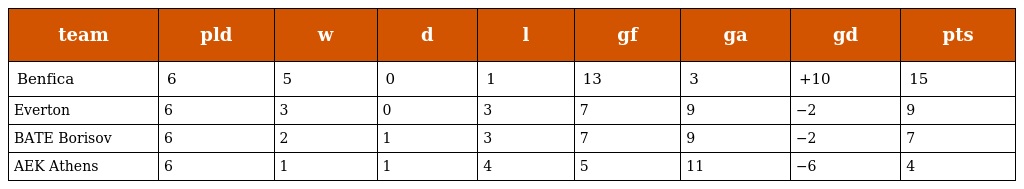
| team | pld | w | d | l | gf | ga | gd | pts |
 | --- | --- | --- | --- | --- | --- | --- | --- | --- |
 | Benfica | 6 | 5 | 0 | 1 | 13 | 3 | +10 | 15 |
 | Everton | 6 | 3 | 0 | 3 | 7 | 9 | −2 | 9 |
 | BATE Borisov | 6 | 2 | 1 | 3 | 7 | 9 | −2 | 7 |
 | AEK Athens | 6 | 1 | 1 | 4 | 5 | 11 | −6 | 4 |